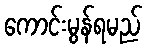
ကောင်းမွန်ရမည်